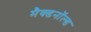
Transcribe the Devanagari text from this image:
मैक्डनॉल्ड